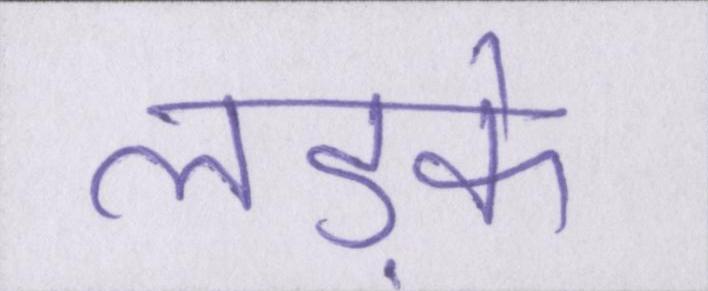
लड़के